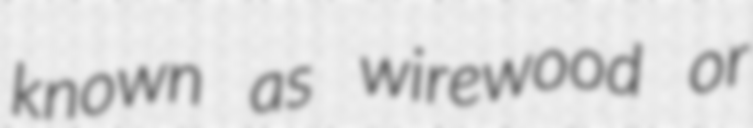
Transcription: known as wirewood or